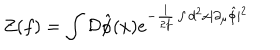
Z ( f ) = \int { \cal D } \hat { \phi } ( x ) e ^ { - \frac { 1 } { 2 f } \int d ^ { 2 } x | \partial _ { \mu } \hat { \phi } | ^ { 2 } }